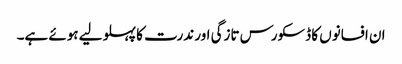
ان افسانوں کا ڈسکورس تازگی اور ندرت کا پہلو لیے ہوئے ہے۔